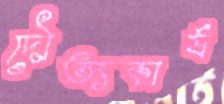
দৌত্যকার্য